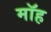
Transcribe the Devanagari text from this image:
मॉह